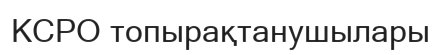
КСРО топырақтанушылары